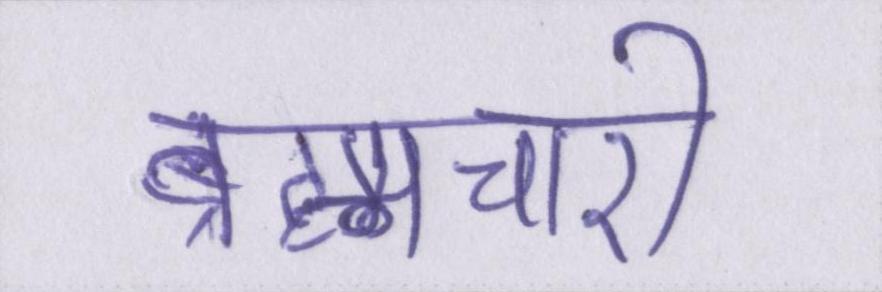
ब्रह्मचारी